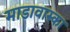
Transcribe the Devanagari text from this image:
माडावास्का